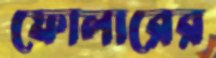
ফোলারের